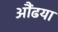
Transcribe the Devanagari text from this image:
औंढया